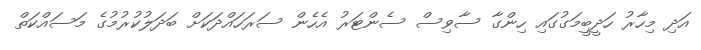
އަދި މިހާރު ހަދީބީމަގުގައި ހިންގާ ސާވިސް ސެންޓަރު އެހެން ސަރަހައްދަކަށް ބަދަލުކުރުމުގެ މަސައްކަތް